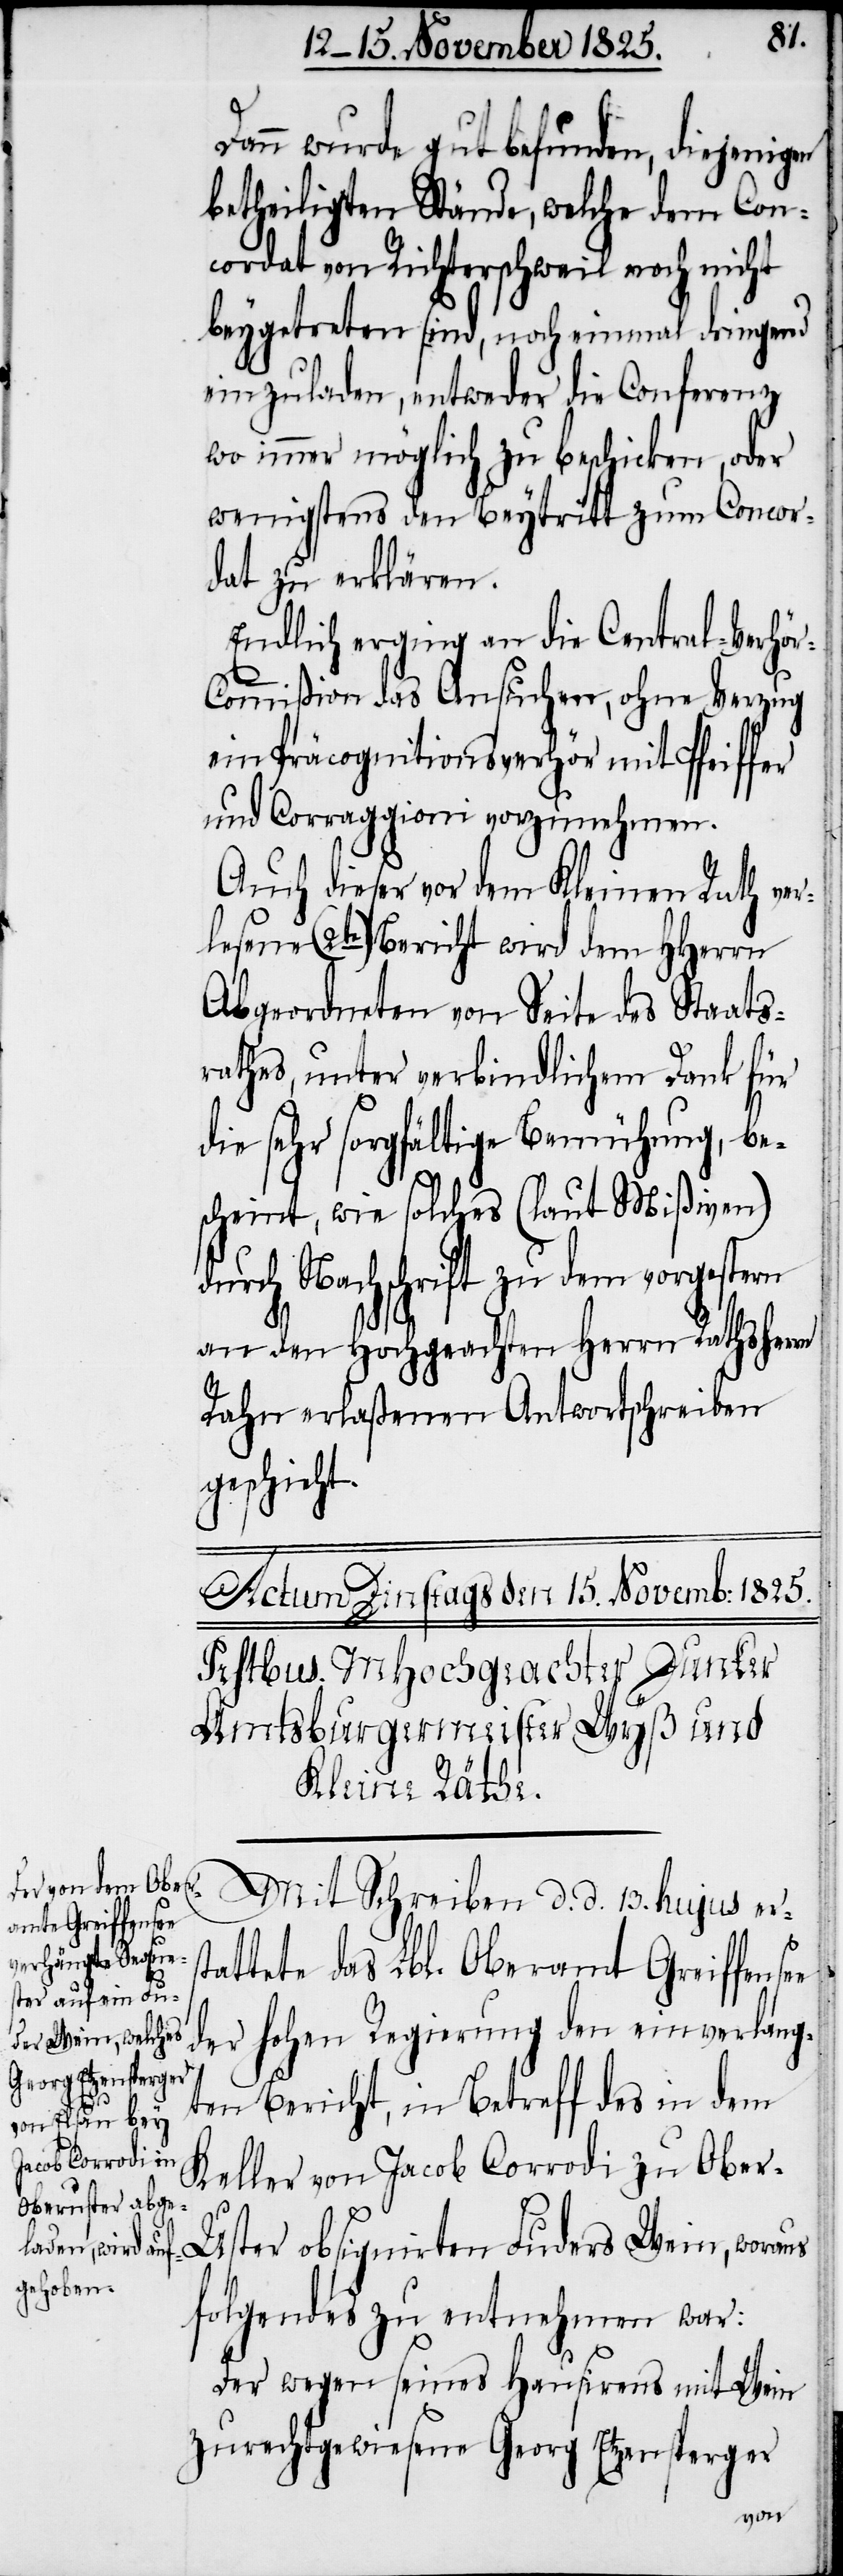
hr¬

Dann wurde gut befunden, diejenig¬
betheiligten Stände, welche dem Con¬
cordat von Richterschweil noch nicht
beygetreten sind, noch einmal dringend
einzuladen, entweder die Conferenz
wo immer möglich zu beschicken, oder
wenigstens den Beytritt zum Concor¬
dat zu erklären.
Endlich erging an die Central-Verhö¬
ommißion das Ansuchen, ohne Verzug
ein Präcognitionsverhör mit Pfeiffer
und Carraggioni vorzuneh¬
e
Auch dieser vor dem Kleinen Rath ver¬
lesene (2te) Bericht wird dem HHerrn
Abgeordneten von Seite des Staats¬
rathes, unter verbindlichem Dank für
g, be¬
die sehr sorgfältige Bemühun¬
ßiven)
scheint, wie solches (laut Mi¬
gestern
durch Nachschrift zu dem
an den Hochgeachten Herrn Rathsherr
eiben
Rahn erlaßenen Antwortsc¬
geschickt.
Mit Schreiben d. d. 13. hujus ers¬
tattete das Lbl. Oberamt Greiffense¬
der hohen Regierung den einverlang¬
ten Bericht, in Betreff des in dem
Keller von Jacob Corrodi zu Obe¬
r-Uster obsignirten Luders Wein, woraus
folgendes zu entnehmen war:
Der wegen seines Hausirens mit Wein
zurechtgewiesene Georg Etzensperger
vor¬